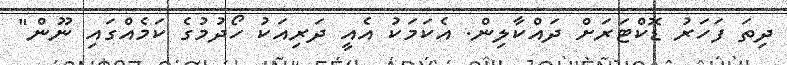
ދިތަ ފަހަރު ޑޮކްޓަރަށް ދައްކާލިން. އެކަމަކު އެއީ ދަރިއަކު ހޯދުމުގެ ކަމެއްގައި ނޫން"